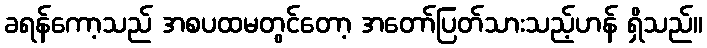
ခရန်ကော့သည် အစပထမတွင်တော့ အတော်ပြတ်သားသည့်ဟန် ရှိသည်။